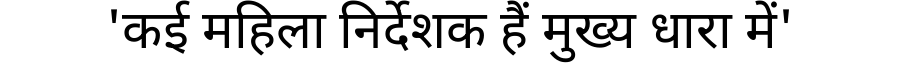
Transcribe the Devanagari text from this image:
'कई महिला निर्देशक हैं मुख्य धारा में'